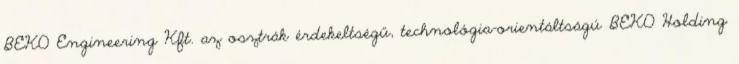
BEKO Engineering Kft. az osztrák érdekeltségű, technológia-orientáltságú BEKO Holding